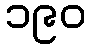
၁၉၀